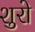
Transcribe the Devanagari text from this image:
शुरो